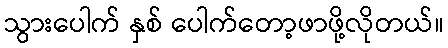
သွားပေါက် နှစ် ပေါက်တော့ဖာဖို့လိုတယ်။